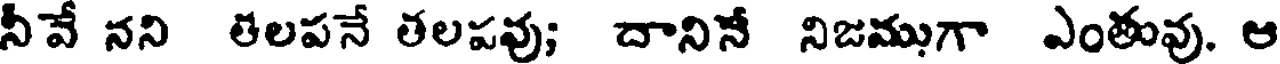
నీవే నని తలపనే తలపవు; దానిన నిజముగా ఎంతువు. ఆ